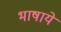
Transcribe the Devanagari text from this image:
भाषाये